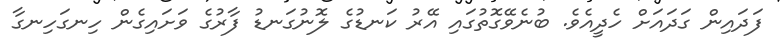
ފަދައިން ގަދައަށް ހެދީއެވެ. ބުނެވޭގޮތުގައި އޭރު ކަނޑުގެ ލޮނުގަނޑު ފާރުގެ ވަށައިގެން ހިނގަހިނގާ